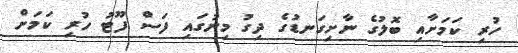
ހުރި ކަމަށާއި ބޮލުގެ ނާށިގަނޑުގެ ދިގު މިނުގައި ފަސް ފޫޓު ހުރި ކަމަށް